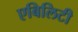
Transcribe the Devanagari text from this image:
एबिलिटी